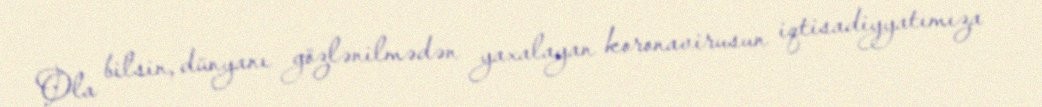
Ola bilsin, dünyanı gözlənilmədən yaxalayan koronavirusun iqtisadiyyatımıza